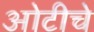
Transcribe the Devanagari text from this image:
ओटीचे